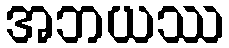
အဘယဿ